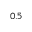
_ { 0 . 5 }